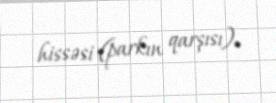
hissəsi (parkın qarşısı).